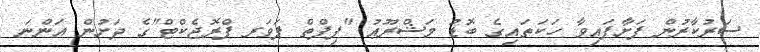
ސަރުކާރުން ފަށާފައިވާ ހަކަތައިގެ ބޮޑު މަޝްރޫޢު "ފިފްތް ޕަވަރ ޕްރޮޖެކްޓް"ގެ ދަށުން އަންނަ